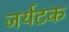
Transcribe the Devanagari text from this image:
जर्यटक